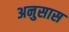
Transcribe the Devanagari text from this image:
अनुसास